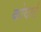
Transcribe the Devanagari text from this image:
कोवार्ट